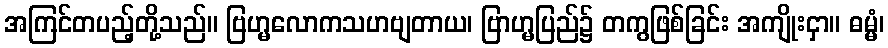
အကြင်တပည့်တို့သည်။ ဗြဟ္မလောကသဟဗျတာယ၊ ဗြာဟ္မပြည်၌ တကွဖြစ်ခြင်း အကျိုးငှာ။ ဓမ္မံ၊